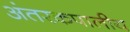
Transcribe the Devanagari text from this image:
अंतरकपालीय